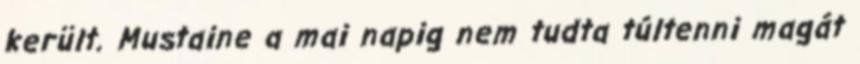
került. Mustaine a mai napig nem tudta túltenni magát